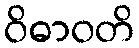
ဝိဓာဝတိ